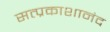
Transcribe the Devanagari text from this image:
सत्प्रकाशानंद